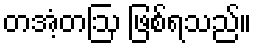
တအံ့တဩ ဖြစ်ရသည်။